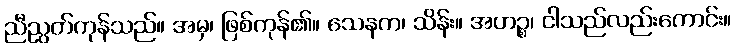
ညီညွတ်ကုန်သည်။ အမှ၊ ဖြစ်ကုန်၏။ သေနက၊ သိန်း။ အဟဉ္စ၊ ငါသည်လည်းကောင်း။